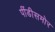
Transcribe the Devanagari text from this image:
पींडीसमोर